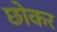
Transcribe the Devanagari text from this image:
छोकर